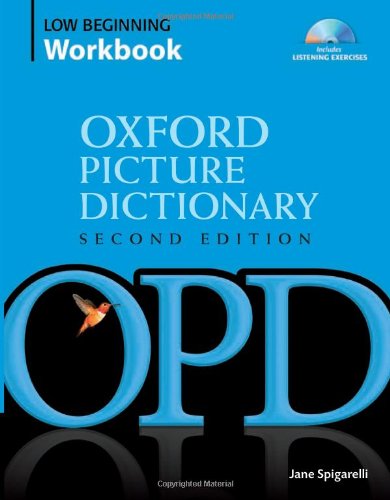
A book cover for Oxford Picture Dictionary Low Beginning Workbook: Vocabulary reinforcement activity book with 3 audio CDs (Oxford Picture Dictionary 2E); Jane Spigarelli; Reference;